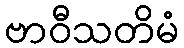
ဗာဝီသတိမံ